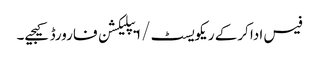
فیس ادا کرکے ریکویسٹ/ ا یپلیکشن فارورڈ کیجیے۔